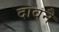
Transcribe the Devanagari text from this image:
दावनै